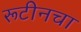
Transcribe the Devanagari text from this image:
रूटीनचा